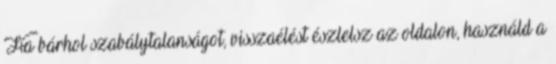
Ha bárhol szabálytalanságot, visszaélést észlelsz az oldalon, használd a